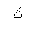
Letter: _tha